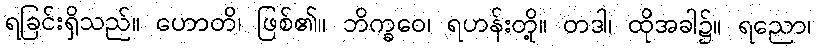
ရခြင်းရှိသည်။ ဟောတိ၊ ဖြစ်၏။ ဘိက္ခဝေ၊ ရဟန်းတို့။ တဒါ၊ ထိုအခါ၌။ ရညော၊